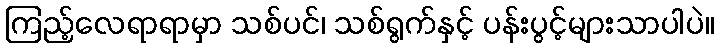
ကြည့်လေရာရာမှာ သစ်ပင်၊ သစ်ရွက်နှင့် ပန်းပွင့်များသာပါပဲ။